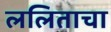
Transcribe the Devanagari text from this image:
ललिताचा